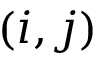
( i , j )